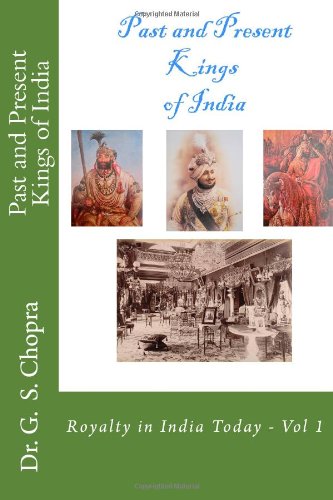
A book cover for Past and Present Kings of India: Meet Royalty among common people...; Dr. G. S. Chopra; Travel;